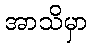
အာသိမှာ